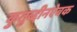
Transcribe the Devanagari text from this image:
कुतुब्द्दीनऐबक